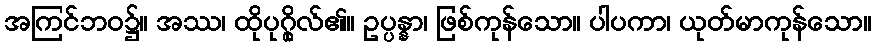
အကြင်ဘဝ၌။ အဿ၊ ထိုပုဂ္ဂိုလ်၏။ ဥပ္ပန္နာ၊ ဖြစ်ကုန်သော။ ပါပကာ၊ ယုတ်မာကုန်သော။